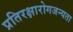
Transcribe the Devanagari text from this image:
प्रतिरक्षारोगजन्यता